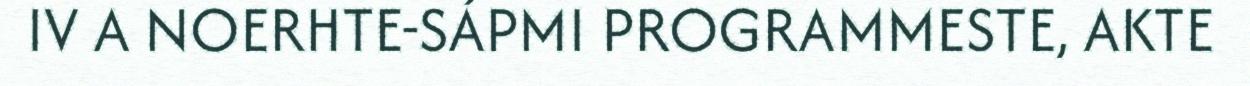
IV A NOERHTE-SÁPMI PROGRAMMESTE, AKTE